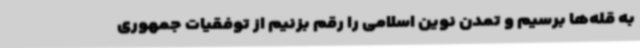
به قله‌ها برسیم و تمدن نوین اسلامی را رقم بزنیم از توفقیات جمهوری